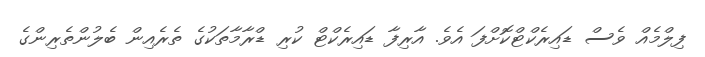
ފިލްމެއް ވެސް ޑައިރެކްޓްކޮށްފަ އެވެ. އާރިފާ ޑައިރެކްޓް ކުރި ޑްރާމާތަކުގެ ތެރެއިން ބެލުންތެރިންގެ